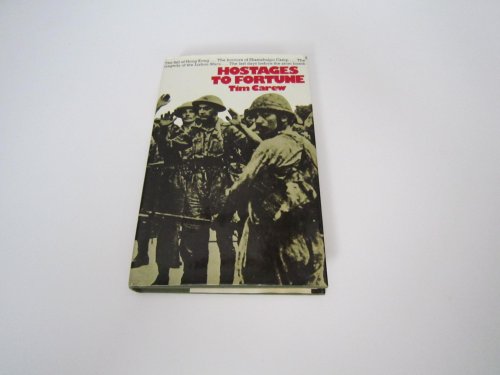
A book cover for Hostages to Fortune; Tim Carew; History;